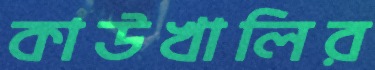
কাউখালির